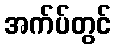
အက်ပ်တွင်